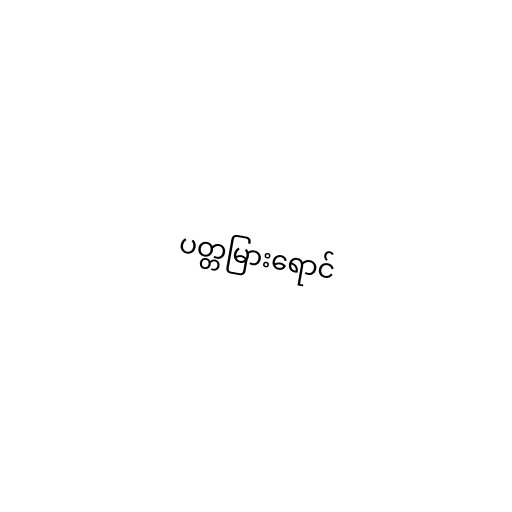
ပတ္တမြားရောင်